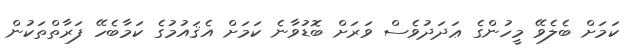
ކަމަށް ބެލެވޭ މީހުންގެ ޢަދަދުވެސް ވަރަށް ބޮޑުވާނެ ކަމަށް އެޤައުމުގެ ކަމާބެހޭ ފަރާތްތަކުން